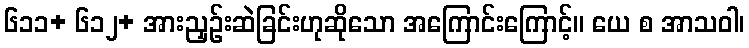
၆၁၁+ ၆၁၂+ အားညှဉ်းဆဲခြင်းဟုဆိုသော အကြောင်းကြောင့်။ ယေ စ အာသဝါ၊